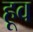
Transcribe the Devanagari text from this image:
हूव